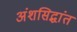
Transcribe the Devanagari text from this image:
अंशसिद्धांत